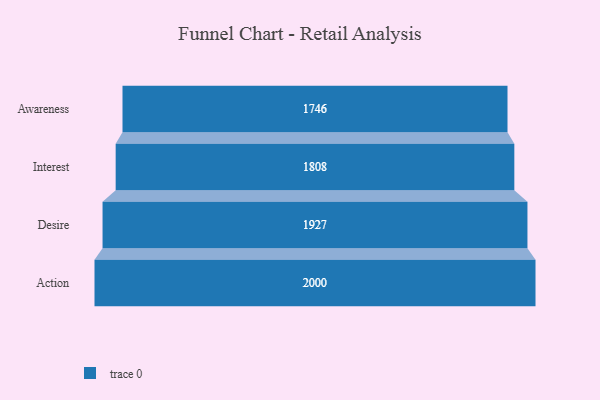
{"axis": {"x": "Stage", "y": "Value"}, "legend": [""], "data": [{"x": "Awareness", "y": 1746.0, "type": ""}, {"x": "Interest", "y": 1808.0, "type": ""}, {"x": "Desire", "y": 1927.0, "type": ""}, {"x": "Action", "y": 2000, "type": ""}]}